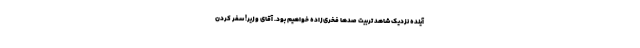
آینده نزدیک شاهد تربیت صدها فخری‌زاده خواهیم بود. آقای وزیر! سفر کردن